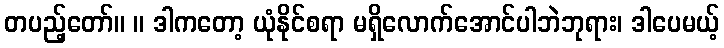
တပည့်တော်။ ။ ဒါကတော့ ယုံနိုင်စရာ မရှိလောက်အောင်ပါဘဲဘုရား၊ ဒါပေမယ့်